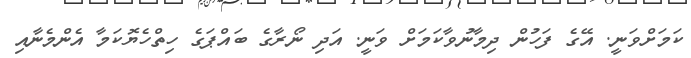
ކަމަށްވަނީ. އޭގެ ފަހުން ދިމާނުވާކަމަށް ވަނީ. އަދި ނޯރާގެ ބައްޕަގެ ހިތްހެޔޮކަމާ އެންމެނާއި